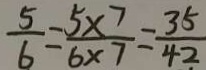
\frac { 5 } { 6 } = \frac { 5 \times 7 } { 6 \times 7 } = \frac { 3 5 } { 4 2 }